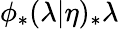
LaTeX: \phi_{*}(\lambda|\eta)_{*}\lambda